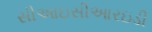
સીઆઇસીઆરઇડી